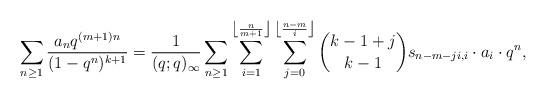
LaTeX: \begin{align*} \sum_{n \geq 1} \frac{a_n q^{(m+1)n}}{(1-q^n)^{k+1}} & = \frac{1}{(q; q)_{\infty}} \sum_{n \geq 1} \sum_{i=1}^{\left\lfloor \frac{n}{m+1} \right\rfloor} \sum_{j=0}^{\left\lfloor \frac{n-m}{i} \right\rfloor} \binom{k-1+j}{k-1} s_{n-m-ji, i} \cdot a_i \cdot q^n, \end{align*}